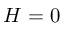
H = 0